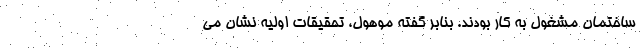
ساختمان مشغول به کار بودند. بنابر گفته موهول، تحقیقات اولیه نشان می